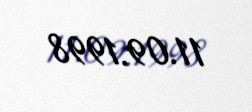
11.09.1998